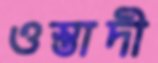
ওস্তাদী